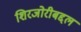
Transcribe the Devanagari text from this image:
शिरजोरीबद्दल